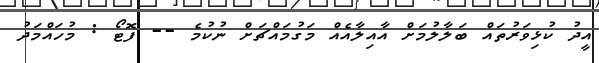
އީދު ކުޅިވަރުތައް ބަލާލުމަށް އާއިލާއެއް މަގުމައްޗަށް ނުކުމެ -- ފޮޓޯ : މުހައްމަދު